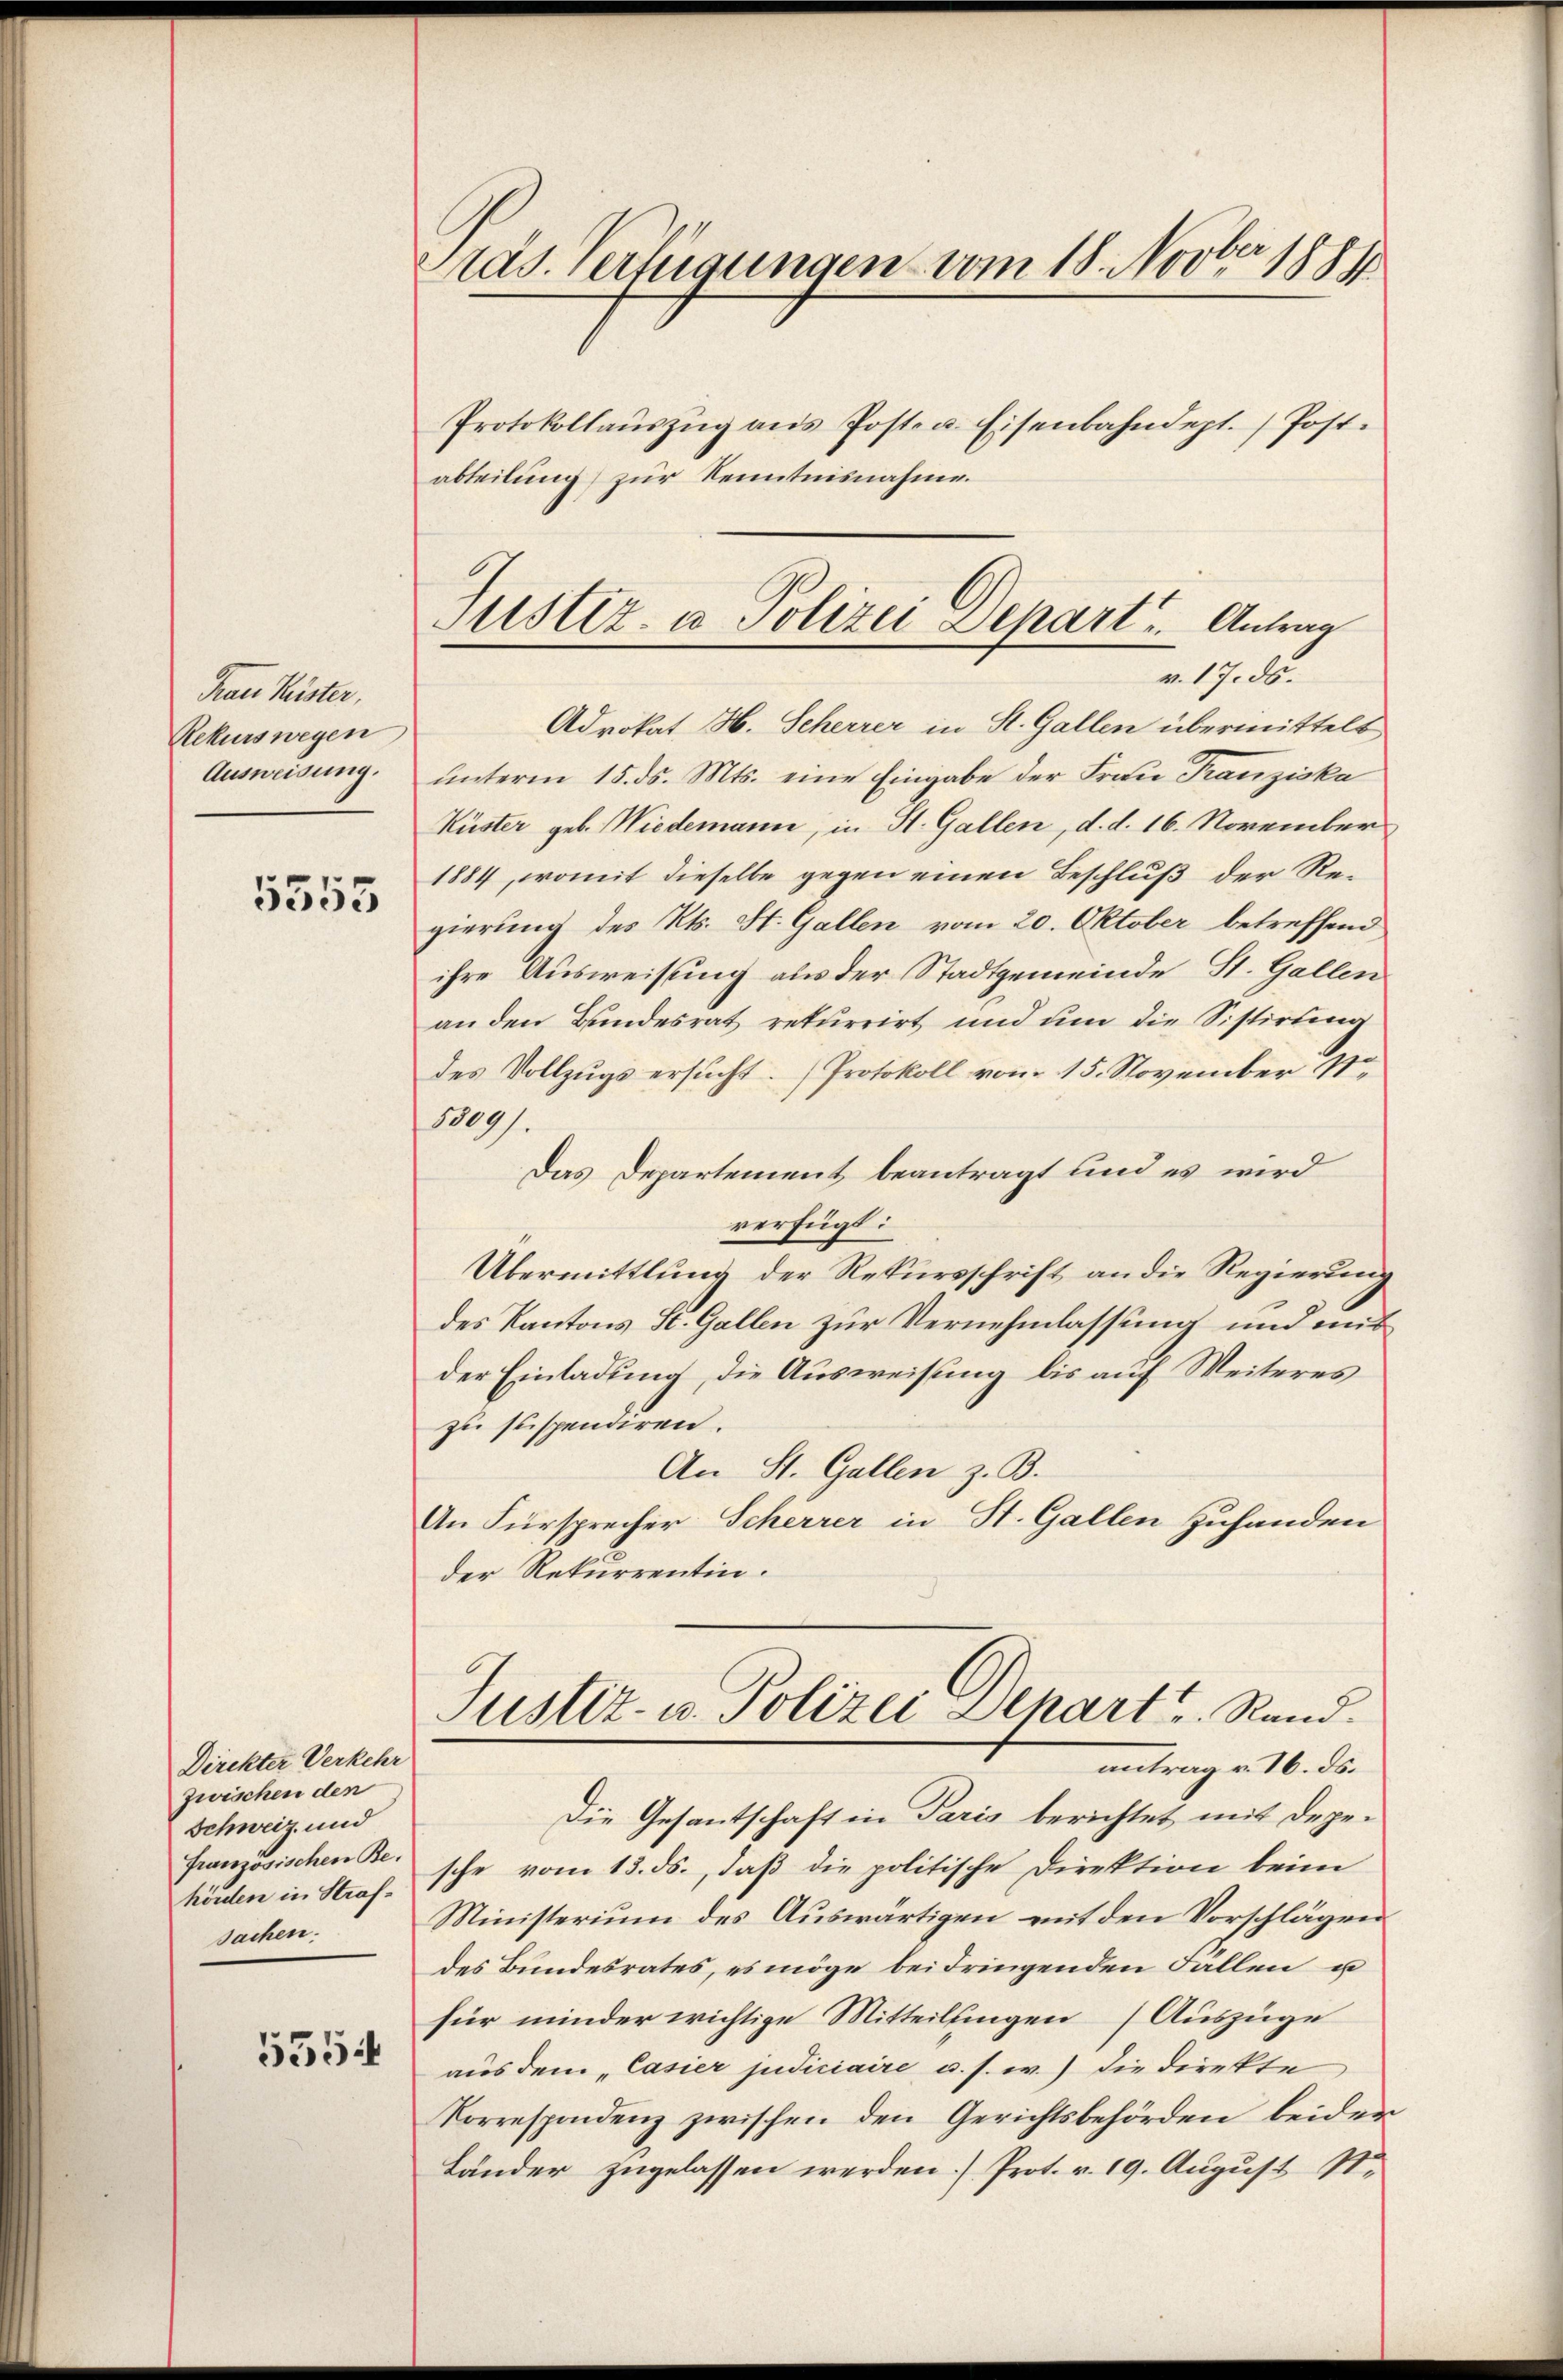
Frau Kister,
Rekurs wegen
Ausweisung.

5555

Direkter Verkehr
zwischen den
Schweiz und
französischen Behörden in Strafsachen.
5554

Pras. Verfügungen vom 18. Novber 1881
Protokollaŭszŭg ans Posten. Eisenbahndept. / Post.
abteilung zur Kenntnisnahme.

Justiz- u Polizei Depart u. Antrag
v. 17. ds.

Advokat H. Scherrer in St. Gallen übermittelt
unterm 15. ds. Mts. eine Eingabe der Frau Franziska
Küster geb. Wiedemann, in St. Gallen, d. d. 16. November
1884, womit dieselbe gegen einen Beschluß der Regierung des Kts. St. Gallen vom 20. Oktober betreffend
ihre Ausweisung aus der Stadtgemeinde St. Gallen
an den Bundesrat rekurrirt und um die Sistirung
des Vollzugs ersucht. Protokoll vom 15. November 1.
5309).
Das Departement beantragt und es wird
verfügt:
Übermittlung der Rekursschrift an die Regierung
des Kantons St. Gallen zur Vernehmlassung und mit
der Einladung, die Ausweisung bis auf Weiteres
zu suspendiren.
An St. Gallen z. B.
An Fürsprecher Scherrer in St. Gallen zuhanden
der Rekurrentin.

Justiz- u. Polizei Depart u. Rund.
antrag v. 16. ds.

Die Gesantschaft in Paris berichtet mit depesche vom 13. ds., daß die politische Direktion beim
Ministerium des Auswärtigen mit den Vorschlägen
des Bundesrates, es möge bei dringenden Fallen u
für minder wichtige Mitteilungen (Auszüge
aus dem „Casier judiciaire u. s. w.) die Direkte
Korrespondenz zwischen den Gerichtsbehörden beider
Länder zugelassen werden.) Prot. v. 19. August 1.